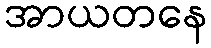
အာယတနေ